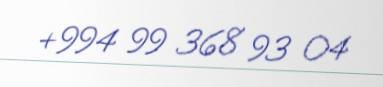
+994 99 368 93 04